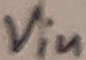
Text: Vin